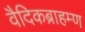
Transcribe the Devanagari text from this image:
वैदिकब्राहम्ण